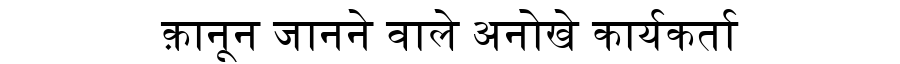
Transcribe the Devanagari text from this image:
क़ानून जानने वाले अनोखे कार्यकर्ता